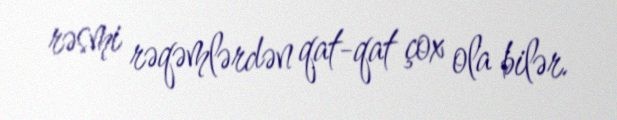
rəsmi rəqəmlərdən qat-qat çox ola bilər.